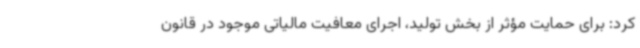
کرد: برای حمایت مؤثر از بخش تولید، اجرای معافیت مالیاتی موجود در قانون